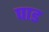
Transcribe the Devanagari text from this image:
पाड